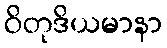
ဝိတုဒိယမာနာ